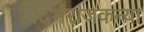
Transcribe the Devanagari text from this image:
विदर्भराजकन्या